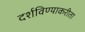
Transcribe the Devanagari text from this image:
दर्शविण्याकरीता